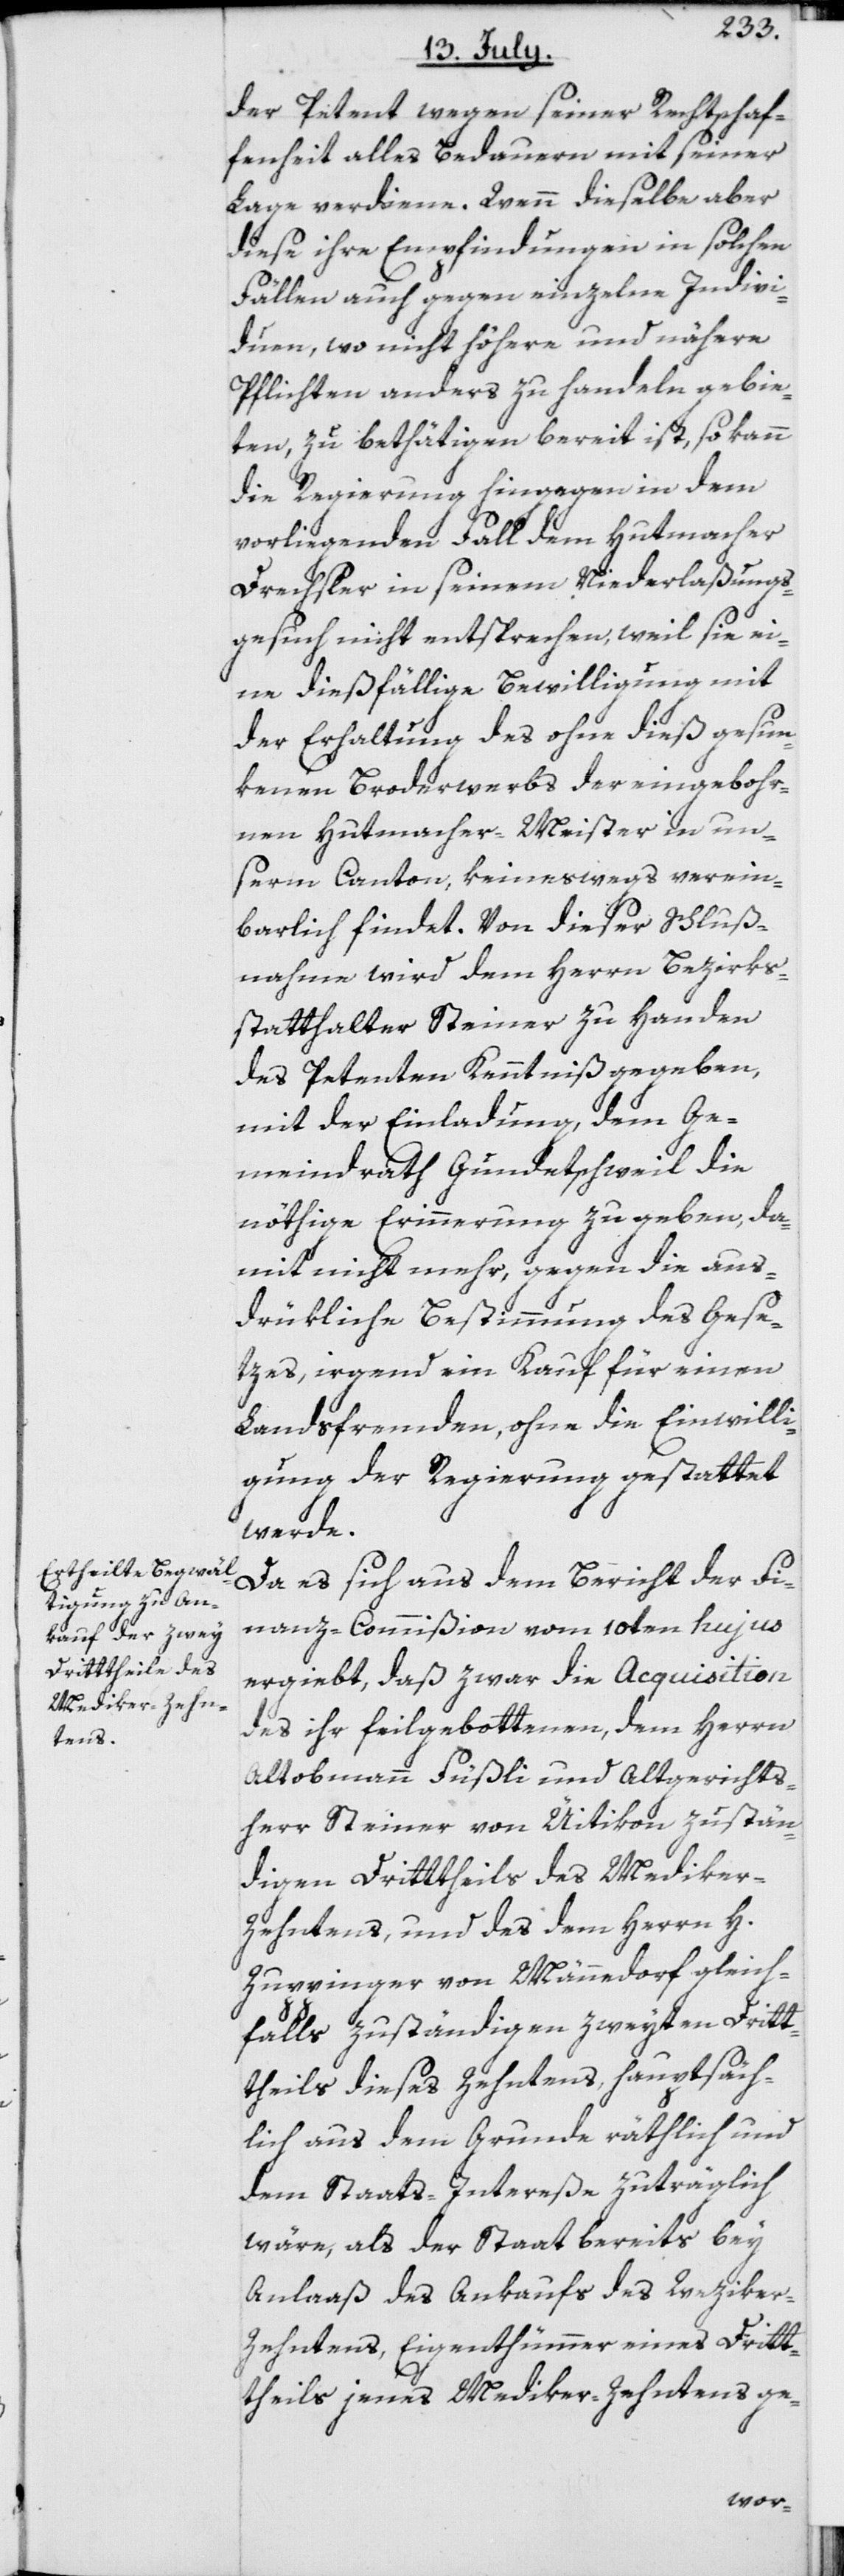
der Petent wegen seiner Rechtschaf¬
fenheit alles Bedauern mit seiner
Lage verdiene. Wenn dieselbe aber
diese ihre Empfindungen in solchen
Fällen auch gegen einzelne Indivi¬
duen, wo nicht höhere und nähere
Pflichten anders zu handeln gebie¬
ten, zu bethätigen bereit ist, so kann
die Regierung hingegen in dem
vorliegenden Fall dem Hutmacher
Drechsler in seinem Niederlaßungs¬
gesuch nicht entsprechen, weil sie ei¬
ne dießfällige Bewilligung mit
der Erhaltung des ohne dieß gesun¬
kenen Broderwerbs der eingebohr¬
nen Hutmacher-Meister in un¬
serm Canton, keineswegs verein¬
barlich findet. Von dieser Schluß¬
nahme wird dem Herrn Bezirks¬
statthalter Steiner zu Handen
des Petenten Kenntniß gegeben,
mit der Einladung, dem Ge¬
meindrath Gundetschweil die
nöthige Erinnerung zu geben, da¬
mit nicht mehr, gegen die aus¬
drükliche Bestimmung des Gese¬
tzes, irgend ein Kauf für einen
Landsfremden, ohne die Einwilli¬
gung der Regierung gestattet
werde.
Da es sich aus dem Bericht der Fi¬
nanz-Commißion vom 10ten hujus
ergiebt, daß zwar die Acquisition
des ihr feilgebottenen, dem Herrn
Altobmann Füßli und Altgerichts¬
herr Steiner von Uitikon zustän¬
digen Drittheils des Mediker-Z¬
ehntens, und des dem Herrn H.
Zuppinger von Männedorf gleich¬
falls zuständigen zweyten Drit¬
theils dieses Zehntens, hauptsäch¬
lich aus dem Grunde räthlich und
dem Staats-Intereße zuträglich
wäre, als der Staat bereits bey
Anlaaß des Ankaufs des Wezike¬
r-Zehntens, Eigenthümmer eines Drit¬
theils jenes Mediker-Zehntens ge-